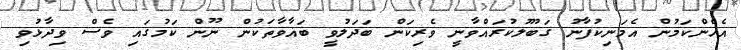
އެހެންކަމުން އެމަނިކުފާނު ގަބޫލުކުރައްވާނީ ވެރިކަން ބަދަލުވީ ބަޣާވާތަކުން ނޫން ކަމުގައި ވެސް ވިދާޅުވި